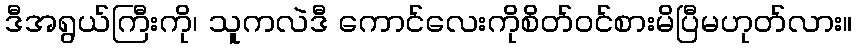
ဒီအရွယ်ကြီးကို၊ သူကလဲဒီ ကောင်လေးကိုစိတ်ဝင်စားမိပြီမဟုတ်လား။